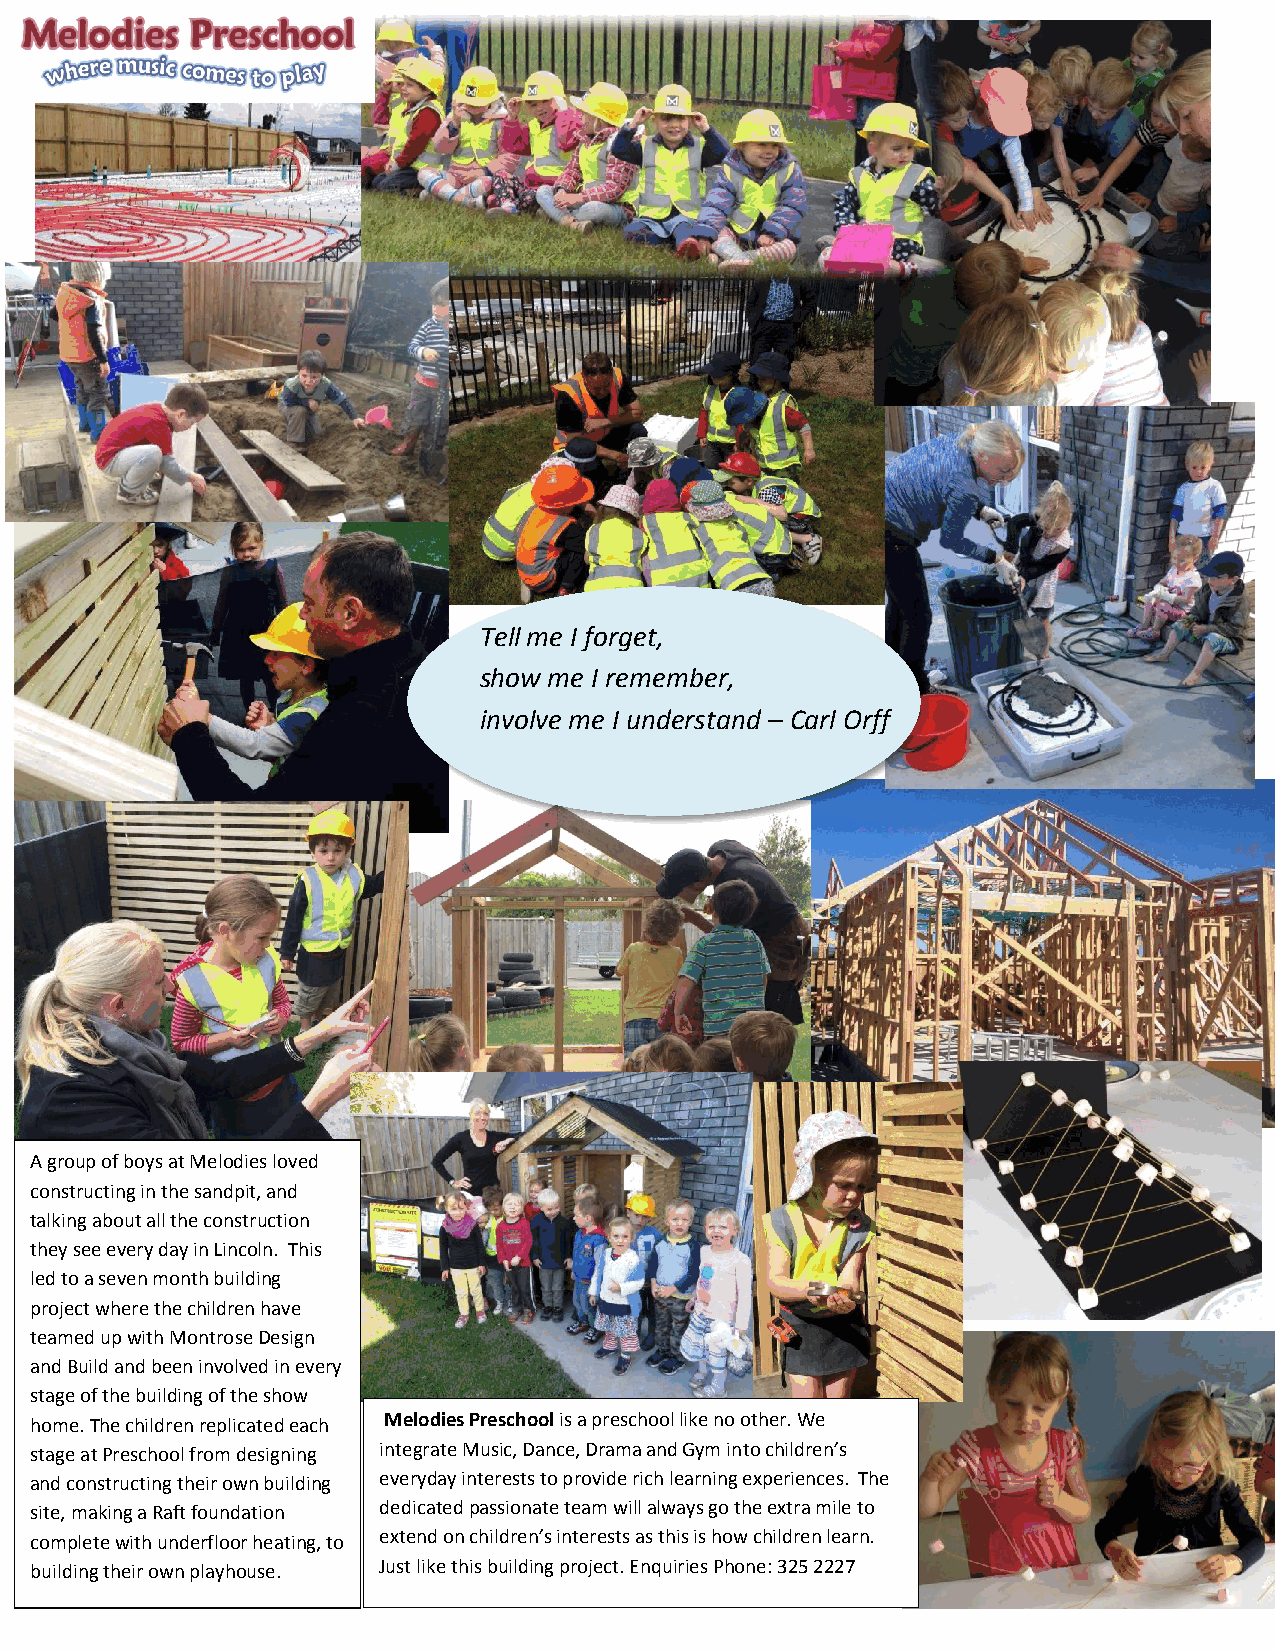
Tell me I forget,
 show me I remember,
 involve me I understand – Carl Orff
 A group of boys at Melodies loved
 constructing in the sandpit, and
 talking about all the construction
 they see every day in Lincoln. This
 led to a seven month building
 project where the children have
 teamed up with Montrose Design
 and Build and been involved in every
 stage of the building of the show
 home. The chil dren replicated each Melodies Preschool is a preschool like no other. We
 stage at Preschool from designing integrate Music, Dance, Drama and Gym into children’s
 and constructing their own building everyday interests to provide rich learning experiences. The
 site, making a Raft foundation dedicated passionate team will always go the extra mile to
 complete with underfloor heating, to extend on children’s interests as this is how children learn.
 building their own playhouse. Just like this building project. Enquiries Phone: 325 2227